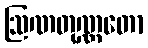
ဩဏတုဏ္ဏတော